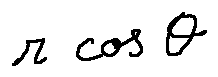
r \cos \theta